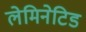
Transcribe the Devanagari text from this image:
लेमिनेटिड